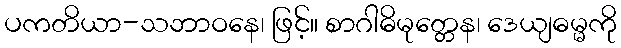
ပကတိယာ-သဘာဝနေ၊ ဖြင့်။ စာဂါဓိမုတ္တေန၊ ဒေယျဓမ္မကို